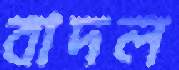
বাদল